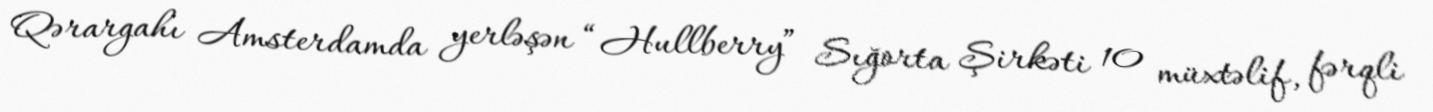
Qərargahı Amsterdamda yerləşən “Hullberry” Sığorta Şirkəti 10 müxtəlif, fərqli